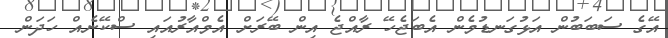
އޭގެ ސަބަބުން އަޅުގަނޑުމެން އެބަޖެހޭ ރާއްޖެ އިން ބޭރަށް އެމްއާރުއައި ސްކޭނެއް ހަދަން